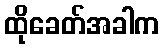
ထိုခေတ်အခါက